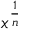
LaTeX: x ^ { \frac { 1 } { n } }